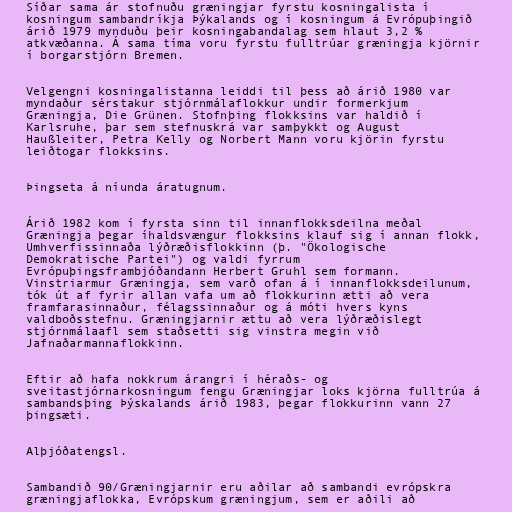
Síðar sama ár stofnuðu græningjar fyrstu kosningalista í
kosningum sambandríkja Þýkalands og í kosningum á Evrópuþingið
árið 1979 mynduðu þeir kosningabandalag sem hlaut 3,2 %
atkvæðanna. Á sama tíma voru fyrstu fulltrúar græningja kjörnir
í borgarstjórn Bremen.

Velgengni kosningalistanna leiddi til þess að árið 1980 var
myndaður sérstakur stjórnmálaflokkur undir formerkjum
Græningja, Die Grünen. Stofnþing flokksins var haldið í
Karlsruhe, þar sem stefnuskrá var samþykkt og August
Haußleiter, Petra Kelly og Norbert Mann voru kjörin fyrstu
leiðtogar flokksins.

Þingseta á níunda áratugnum.

Árið 1982 kom í fyrsta sinn til innanflokksdeilna meðal
Græningja þegar íhaldsvængur flokksins klauf sig í annan flokk,
Umhverfissinnaða lýðræðisflokkinn (þ. "Ökologische
Demokratische Partei") og valdi fyrrum
Evrópuþingsframbjóðandann Herbert Gruhl sem formann.
Vinstriarmur Græningja, sem varð ofan á í innanflokksdeilunum,
tók út af fyrir allan vafa um að flokkurinn ætti að vera
framfarasinnaður, félagssinnaður og á móti hvers kyns
valdboðsstefnu. Græningjarnir ættu að vera lýðræðislegt
stjórnmálaafl sem staðsetti sig vinstra megin við
Jafnaðarmannaflokkinn.

Eftir að hafa nokkrum árangri í héraðs- og
sveitastjórnarkosningum fengu Græningjar loks kjörna fulltrúa á
sambandsþing Þýskalands árið 1983, þegar flokkurinn vann 27
þingsæti.

Alþjóðatengsl.

Sambandið 90/Græningjarnir eru aðilar að sambandi evrópskra
græningjaflokka, Evrópskum græningjum, sem er aðili að